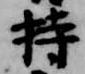
持